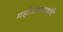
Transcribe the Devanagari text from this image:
महोपाध्यायांचे